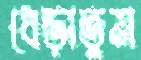
ধেড়াতুম